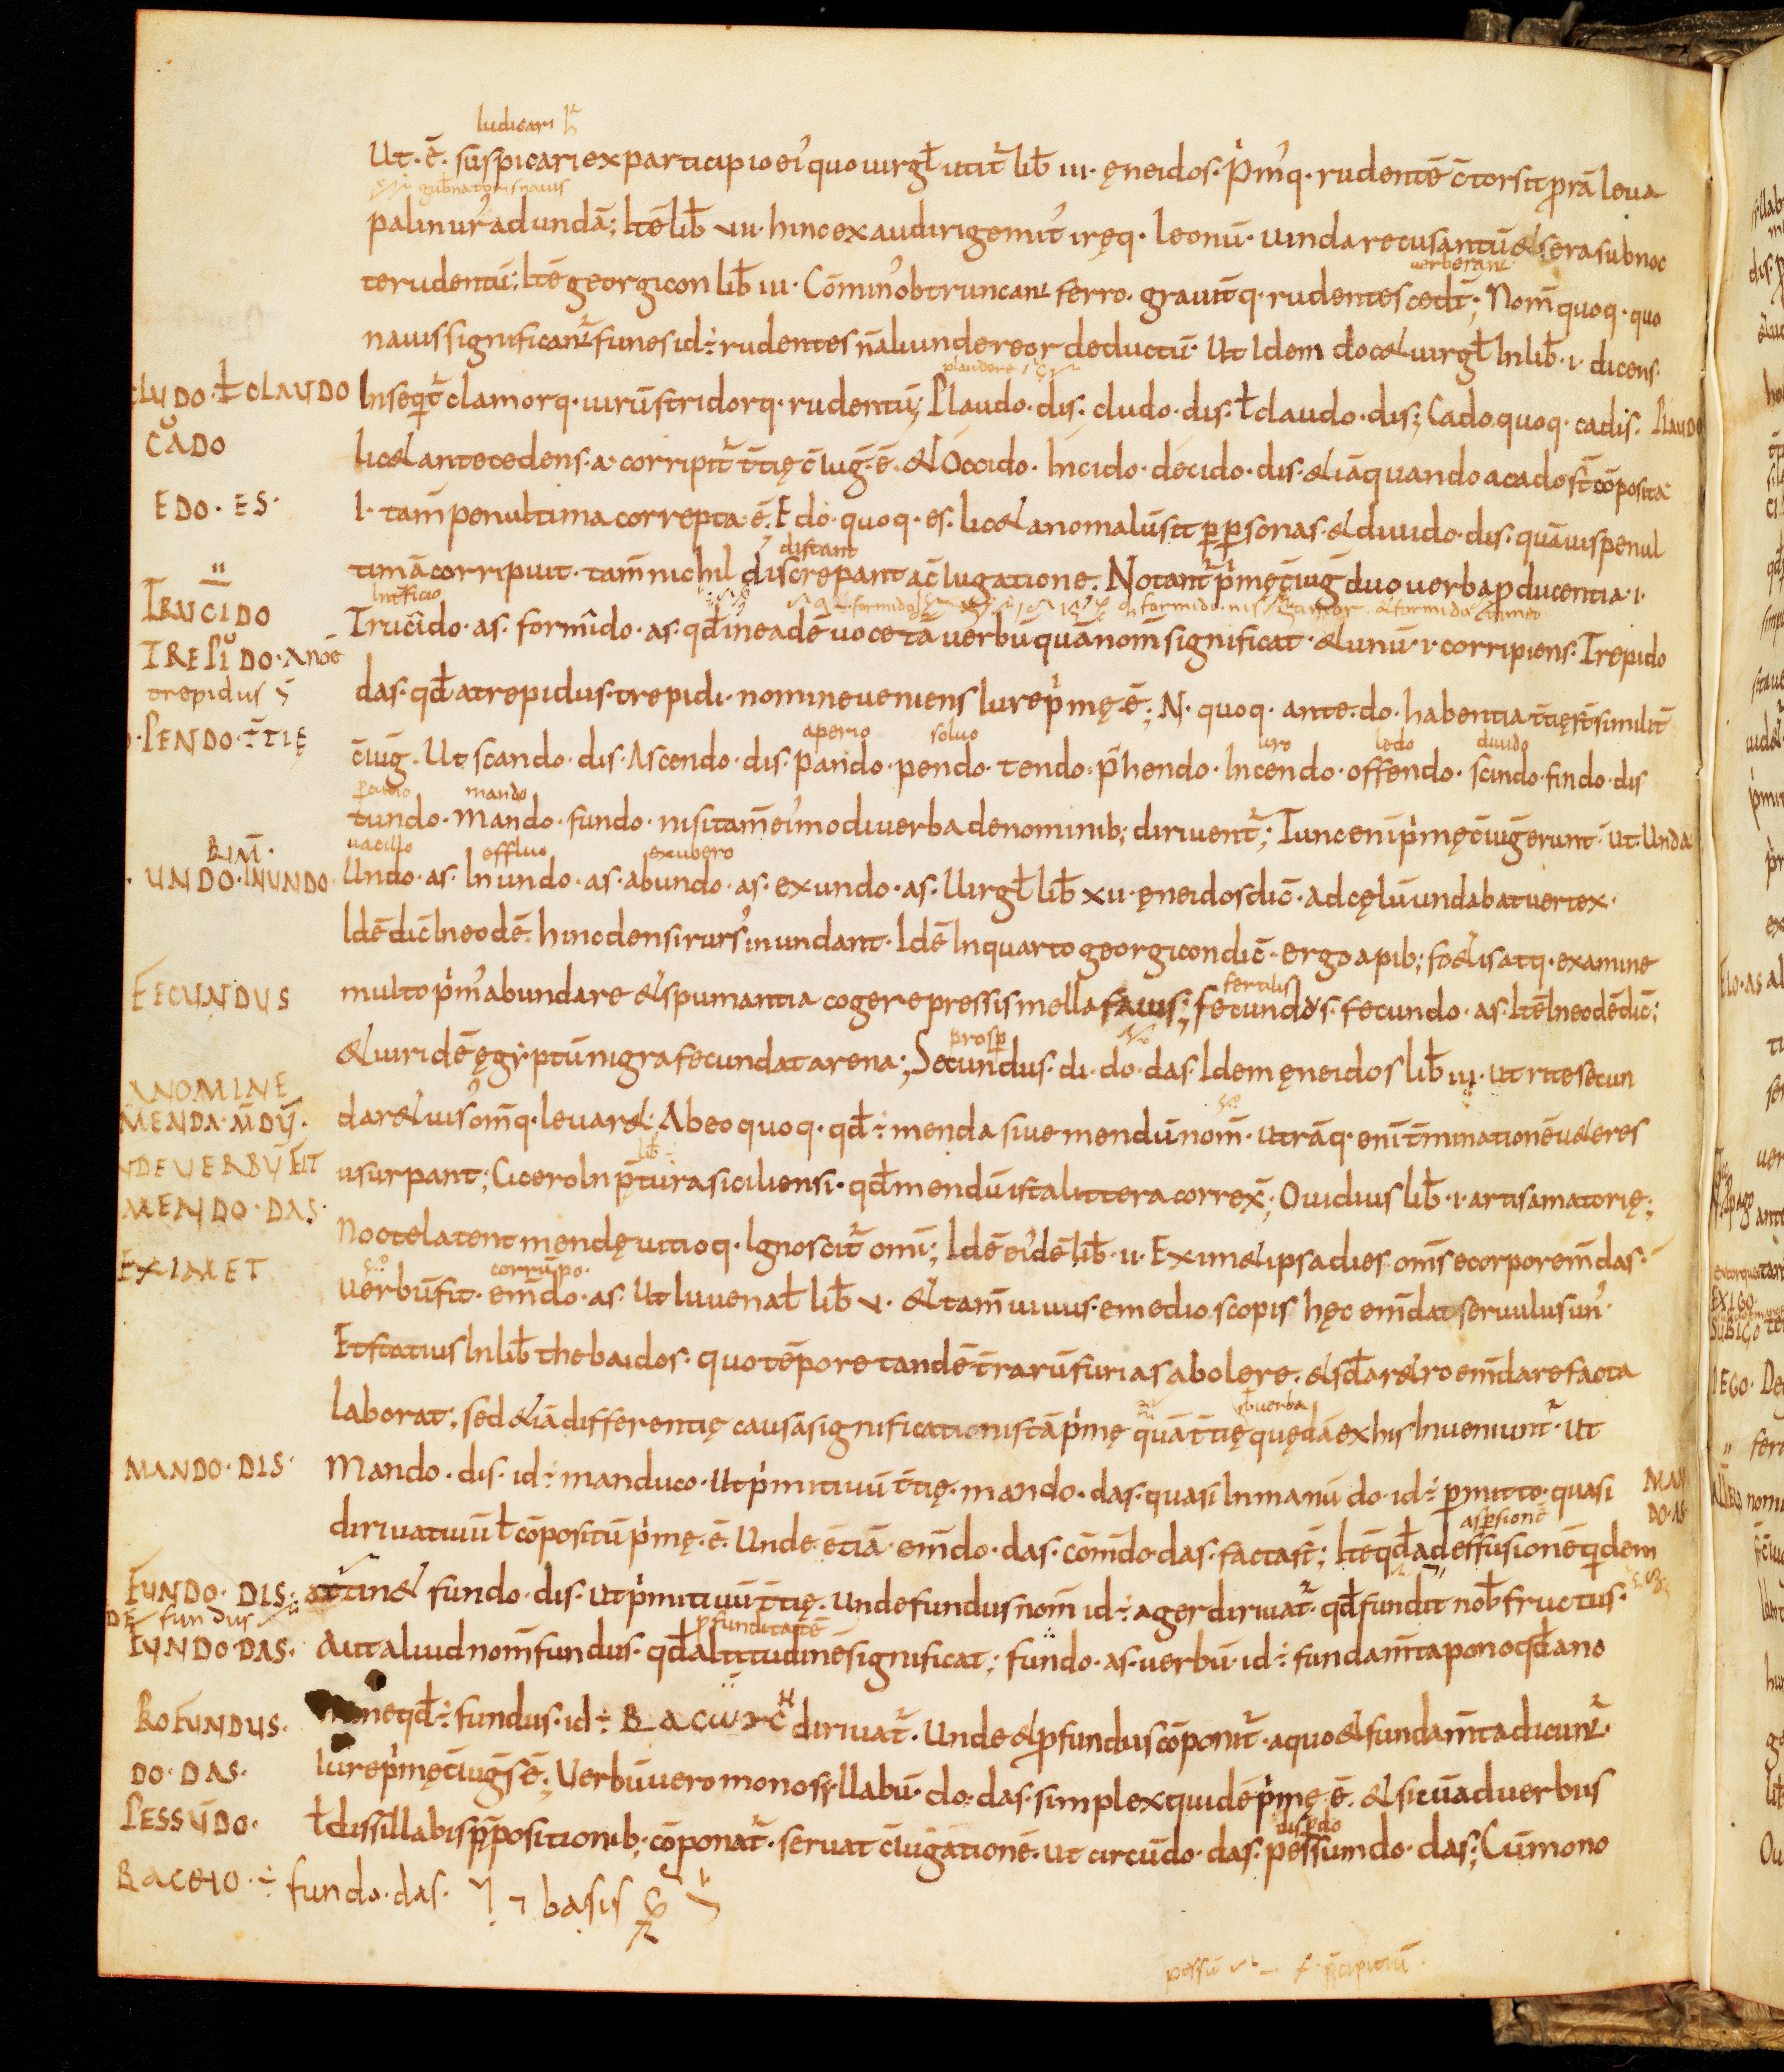
Shelfmark: Bamberg, Staatsbibliothek, MS Class. 30
Century: 9